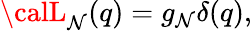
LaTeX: {\calL}_{\mathcal{N}}(q)=g_{\mathcal{N}}\delta(q),